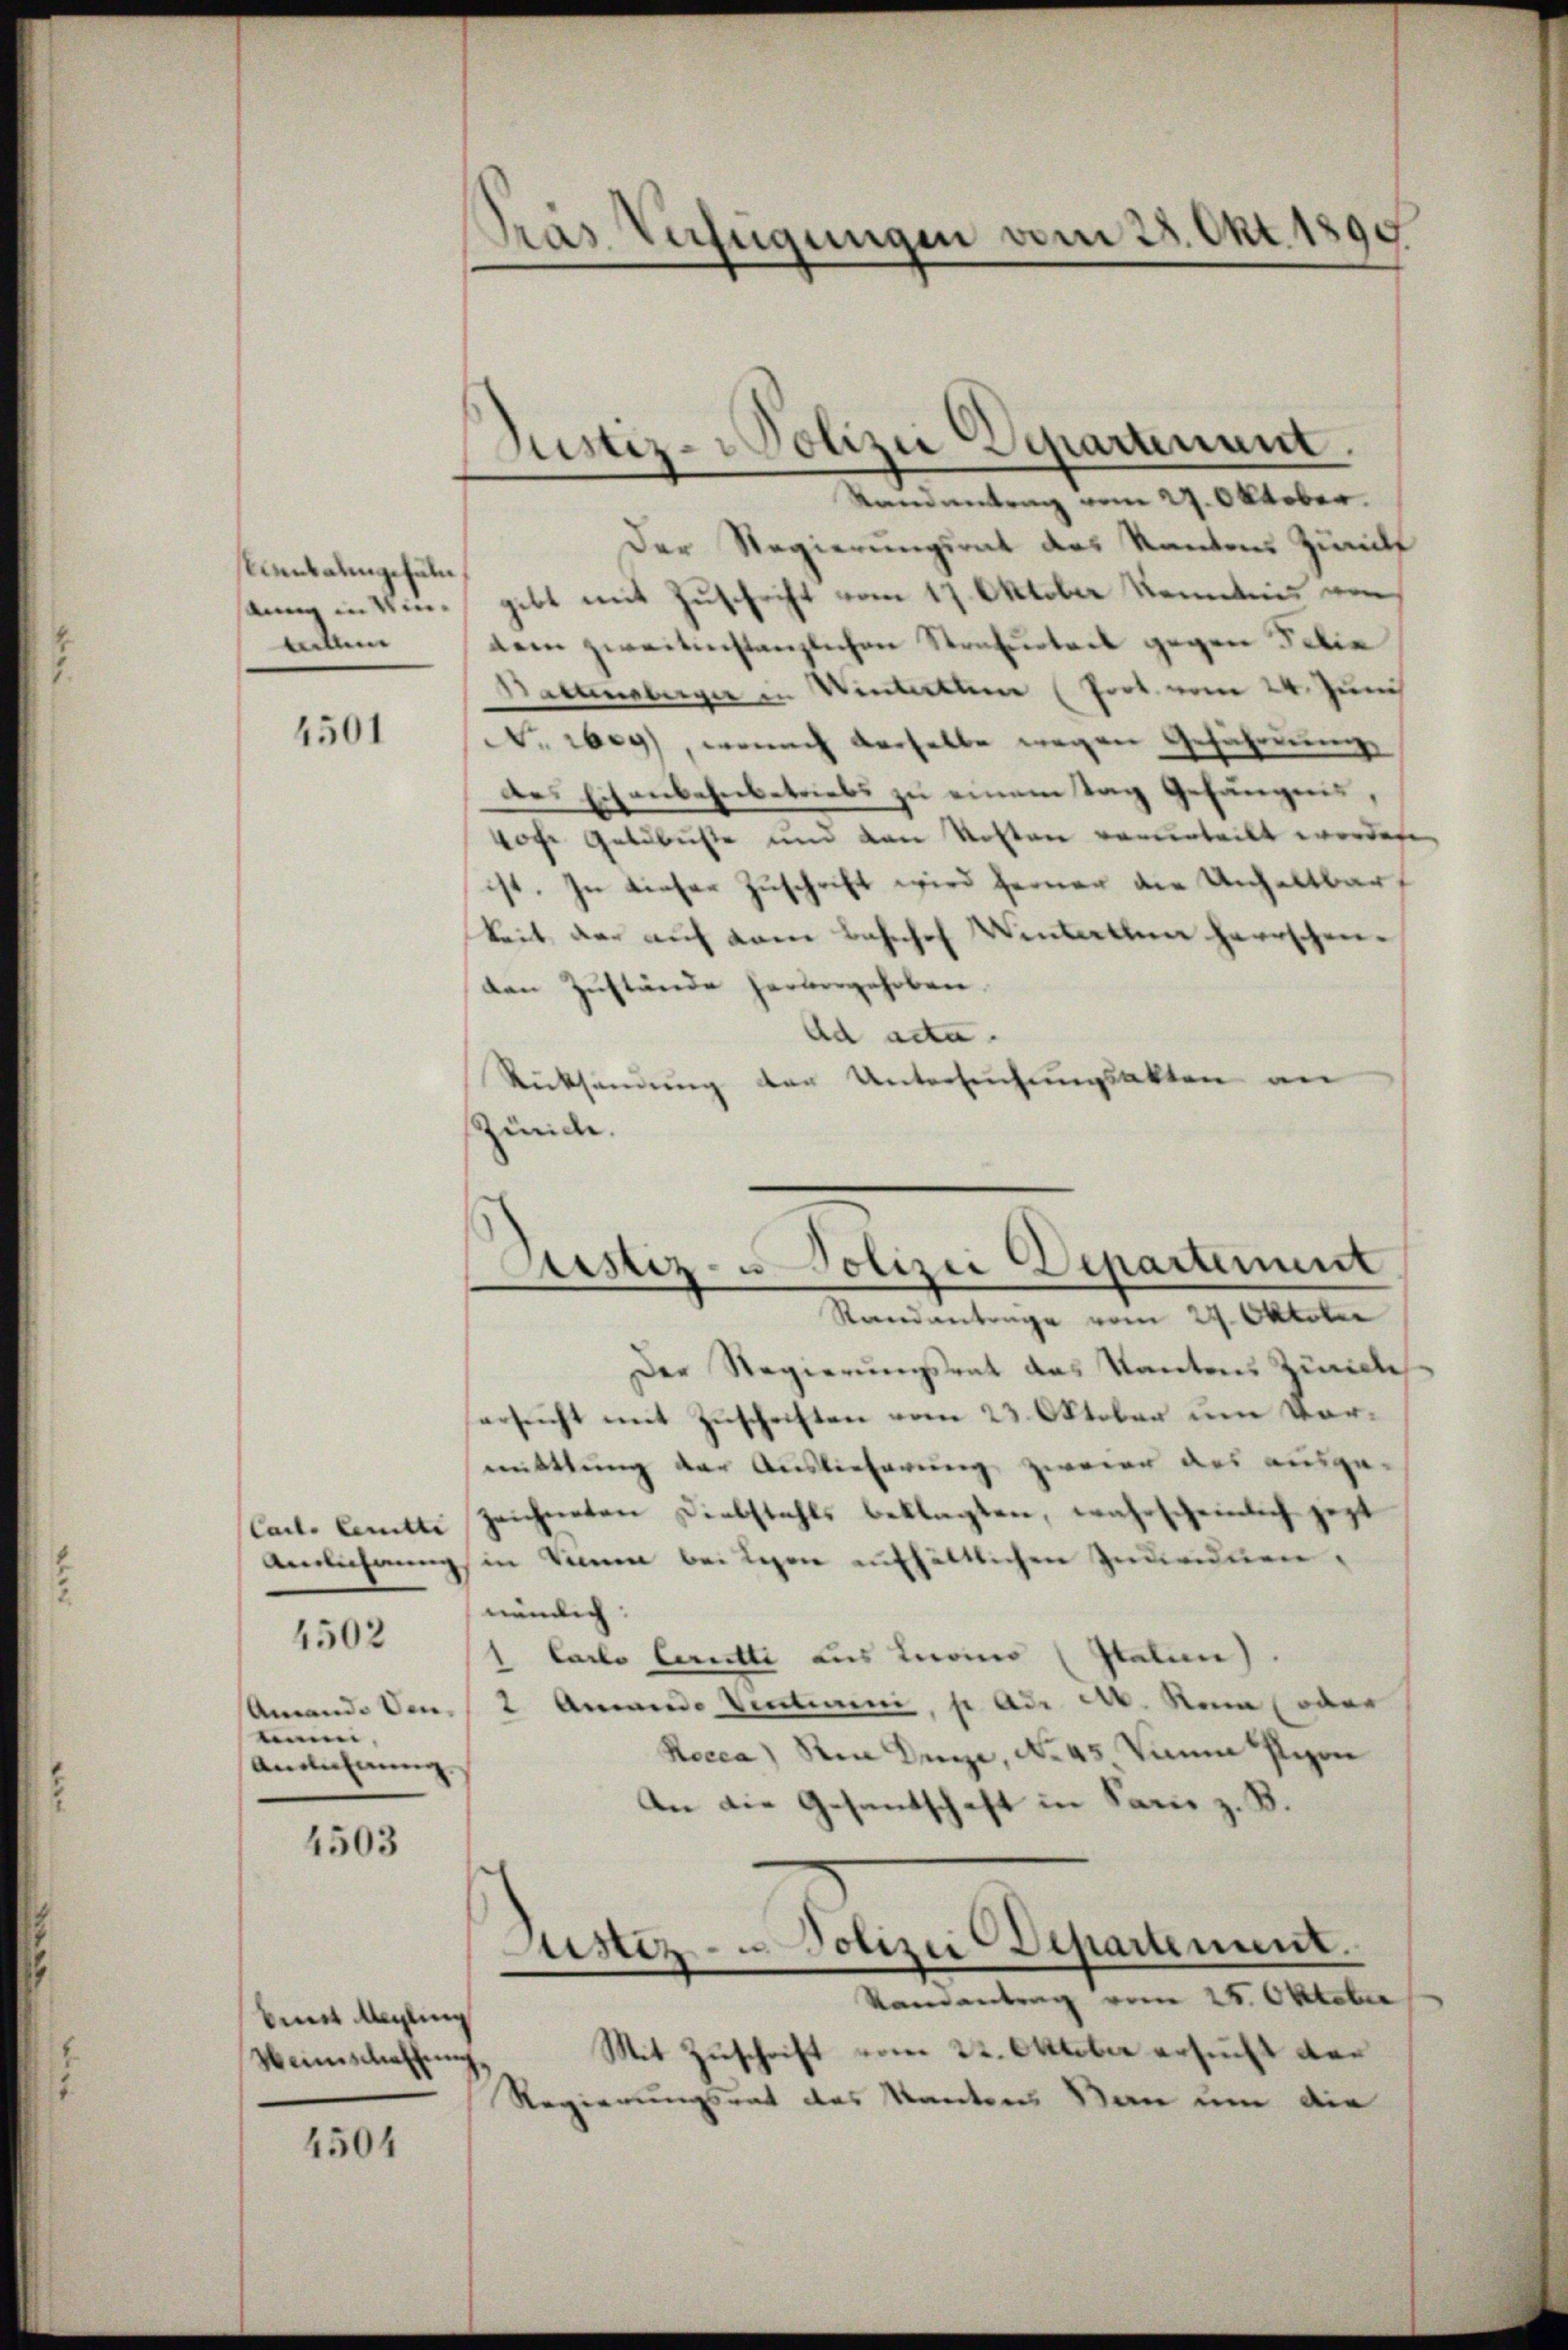
stientalgefäll
tillen

4501

inn,
Ansehung.

4502

4503

bmit Angling
Manschaffung

4504

Gras Verfügungen vom 28. Okt. 1899

Randantrag vom 27. Oktober.
Der Regierungsrat des Kantons Zurilf
sung in eine gibt mit Zuschrift vom 17. Oktober Kenntnis von
dem zweitinstanzlichen Strafurteil gegen Filia
Battenberger in Winterthen (Poot. vom 24. Juni
No eben, wonach derselbe wegen Geführung
Des Eisenbahnbetriebs zu einem Tag Gefängnis,
vor Geldbuste und den Kosten vereinteilt worden,
ist. In dieser Zuschrift wird ferner die Unhaltbar
keit der auf kam Bahnhof Wintellen herrschen.
den Zustände hervorgehoben.
Ad ade.
Rücksendung der Untersuchungsakten an
Zürich.
Randantrage vom 29. Oktober
Der Regierungsrat das Kantons Zürich
ersucht mit Zuschriften vom 23. Oktober um Vormittlung der Auslieferung zweien des ausge-
Carte Comitti zeichneten Diebstahls beklagten, wahrscheinlich jezt
Annährung in Sinnen bei Lesen enthältlichen Individuen,
nämlich:
1 Carlo Ceretti aus Loino (Italien)
Amand. Ven. 2 Ammando Ventiuni, p ad a. Rein (oder
Rocca) in Dege, No 45 Mann Pion
An die Gesandschaft in Paris z. B.
Justiz- u. Polizei Departement.
Ramantrag vom 25. Oktober
Mit Zuschrift vom 22. Oktober ersucht der
Regierungsrat des Kantons San um die

Justiz-Polizei Departement.

Justiz- u Polizei Departement